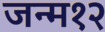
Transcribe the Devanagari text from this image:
जन्म१२